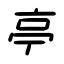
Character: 亭